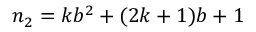
n _ { 2 } = k b ^ { 2 } + ( 2 k + 1 ) b + 1